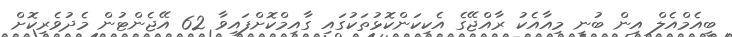
ބީއެމްއެލް އިން ބުނީ މިއާއެކު ރާއްޖޭގެ އެކިކަންކޮޅުތަކުގައި ގާއިމްކޮށްފައިވާ 62 އޭޖެންޓުން މެދުވެރިކޮށް